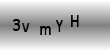
Text: 3vmYH